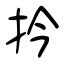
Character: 扲